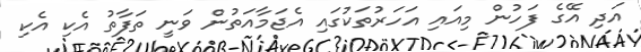
އަދި އޭގެ ފަހުން މިއައި އަހަރުތަކުގައި އެޖަމާއަތުން ވަނީ ތަފާތު އެކި އެކި